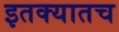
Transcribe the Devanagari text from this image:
इतक्यातच